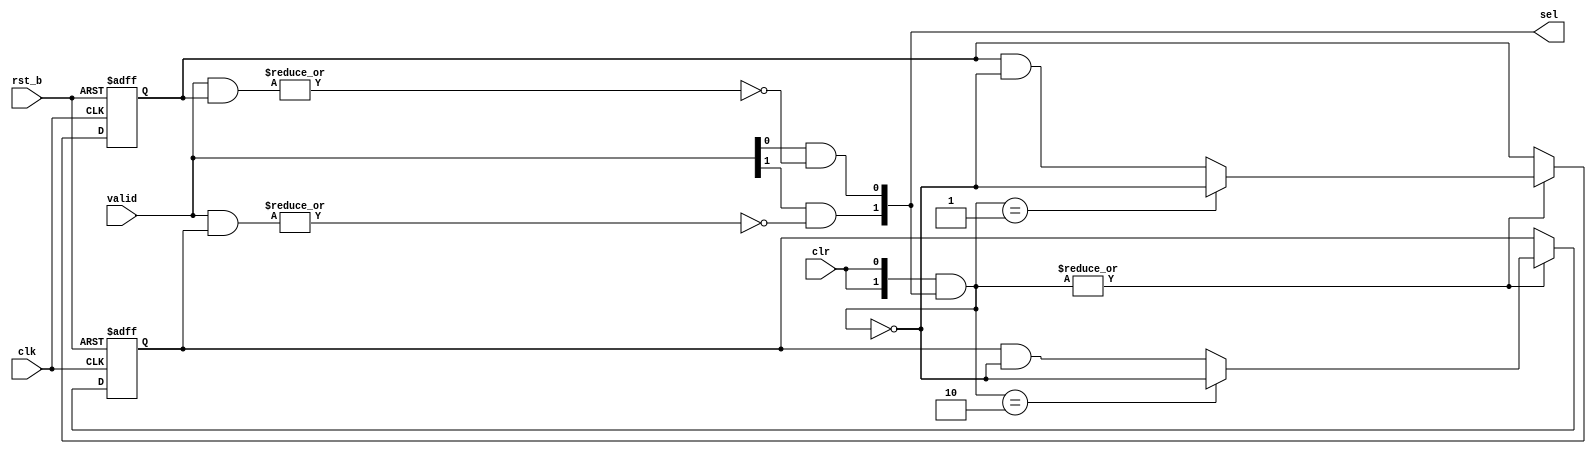
/*Copyright 2020-2021 T-Head Semiconductor Co., Ltd.

Licensed under the Apache License, Version 2.0 (the "License");
you may not use this file except in compliance with the License.
You may obtain a copy of the License at

    http://www.apache.org/licenses/LICENSE-2.0

Unless required by applicable law or agreed to in writing, software
distributed under the License is distributed on an "AS IS" BASIS,
WITHOUT WARRANTIES OR CONDITIONS OF ANY KIND, either express or implied.
See the License for the specific language governing permissions and
limitations under the License.
*/

module aq_prio(
  clk,
  rst_b,
  valid,
  clr,
  sel
);
parameter NUM =2;

input            clk;
input            rst_b;
input  [NUM-1:0] valid;
input            clr;
output [NUM-1:0] sel;

reg    [NUM-1:0] prio [NUM-1:0];
reg    [NUM-1:0] unused [NUM-1:0];
wire   [NUM-1:0] sel;
wire   [NUM-1:0] clr_bus;

assign clr_bus[NUM-1:0] = {NUM{clr}} & sel[NUM-1:0];

genvar i;
generate
for(i=0; i<NUM; i=i+1) begin:PRIO_MATRIX_GEN
always@(posedge clk or negedge rst_b)
begin
  if (!rst_b)
    {prio[i][NUM-1:0], unused[i][NUM-1:0]} <= {{NUM{1'b0}}, {NUM{1'b1}}} << i;
  else if(|clr_bus[NUM-1:0]) begin
    prio[i][NUM-1:0] <= (clr_bus[NUM-1:0] == ({{(NUM-1){1'b0}},1'b1}<<i)) 
                      ? ~clr_bus[NUM-1:0] 
                      : prio[i][NUM-1:0] &~clr_bus[NUM-1:0];
  end
end
end
endgenerate

generate
for(i=0; i<NUM; i=i+1) begin: SEL_GEN
assign sel[i] = valid[i] && !(|(valid[NUM-1:0] & prio[i][NUM-1:0]));
end
endgenerate

endmodule